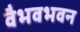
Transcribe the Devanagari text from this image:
वैभवभवन